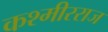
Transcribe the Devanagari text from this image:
कश्मीरराज